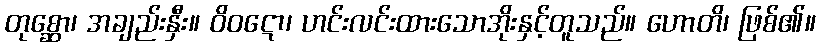
တုစ္ဆော၊ အချည်းနှီး။ ဝိဝဋော၊ ဟင်းလင်းထားသောအိုးနှင့်တူသည်။ ဟောတိ၊ ဖြစ်၏။